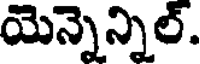
యెన్నెన్నిల్.